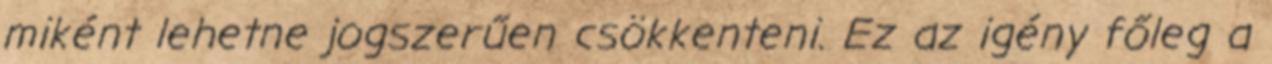
miként lehetne jogszerűen csökkenteni. Ez az igény főleg a